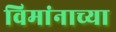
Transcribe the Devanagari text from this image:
विमांनाच्या